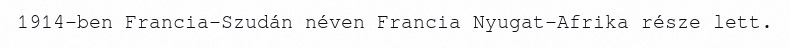
1914-ben Francia-Szudán néven Francia Nyugat-Afrika része lett.